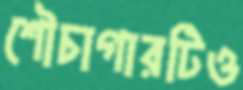
শৌচাগারটিও